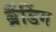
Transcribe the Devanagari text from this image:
ब्रैंडिंग